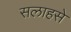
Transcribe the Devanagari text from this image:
सलाहसे